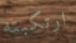
ارتكبته